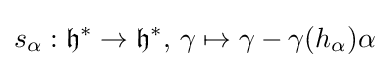
s_{\alpha }:{\mathfrak {h}}^{*}\to {\mathfrak {h}}^{*},\,\gamma \mapsto \gamma -\gamma (h_{\alpha })\alpha